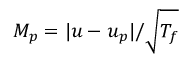
M _ { p } = | \boldsymbol { u } - \boldsymbol { u } _ { p } | / \sqrt { T _ { f } }